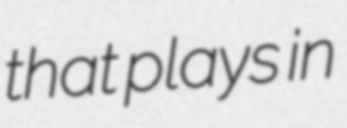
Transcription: that plays in